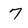
Character: 7